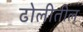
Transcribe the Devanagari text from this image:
ढोलीतील